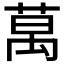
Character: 𫈧